Papaver somniferum - Opium : an extract from the sixth volume of the Dictionary of Economic Products of India
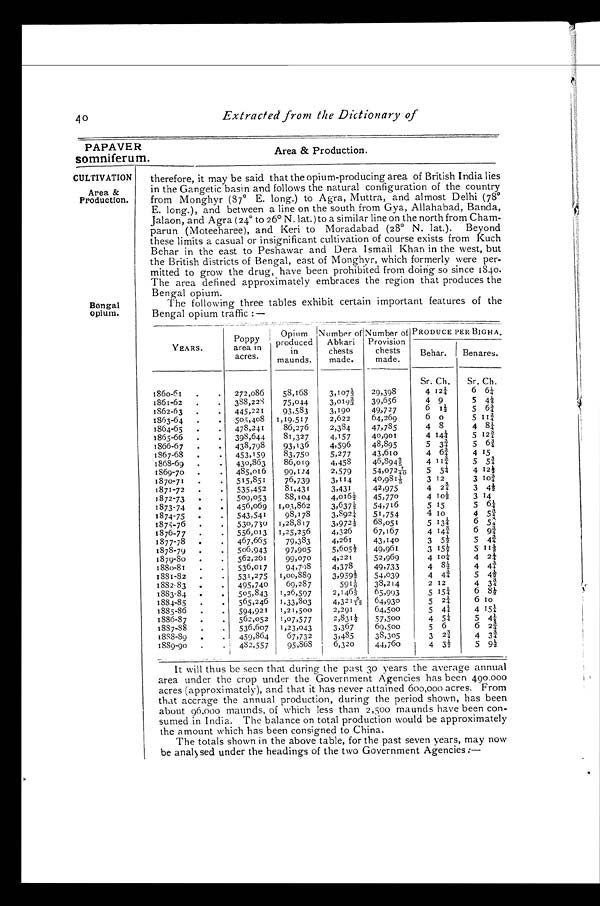
40
Extracted from the Dictionary of
PAPAVER
Area & Production.
somniferum.
CULTIVATION
Area &
Production.
Bengal
opium.
therefore, it may be said that the opium-producing area of British India lies
in the Gangetic basin and follows the natural configuration of the country
from Monghyr (37° E. long.) to Agra, Muttra, and almost Delhi (78°E
. long.), and between a line on the south from Gya, Allahabad, Banda,
Jalaon, and Agra (24° to 26° N. lat.) to a similar line on the north from Cham
-
parun (Moteeharee), and Keri to Moradabad (28° N. lat.). Beyond
these limits a casual or insignificant cultivation of course exists from Kuch
Behar in the east to Peshawar and Dera Ismail Khan in the west, but
the British districts of Bengal, east of Monghyr, which formerly were per
-
mitted to grow the drug, have been prohibited from doing so since 1840.
The area defined approximately embraces the region that produces the
Bengal opium.
The following three tables exhibit certain important features of the
Bengal opium traffic:—
YEARS.
Poppy
area in
acres.
Opium
produced
in
maunds.
Numberof
Abkari
chests
made.
Numberof
Provision
chests
made.
PRODUCE PER BIGHA.
Behar.
Benares.
Sr. Ch.
Sr. Ch.
1860-61 . .
272,086
58,168
3,107 ⅓
29,398
4 12¼
6 6¼
1861-62
.
.
388,228
75,044
3,019 ⅔
39,656
4 9
5 4½
1862-63
445,221
93,583
3,190
49,727
6
1 ½
5 6¾
1863-64
505,408 1,19,517
2,622
64,269
6
0
5
1 1 ¾
1864-65
478,241
86,276
2,384
47,785
4 8
4 8¼
1865-66
398,644
81,327
4,157
40,901
4 14¼
5 12¾
1866-67
438,798
93,136
4,596
48,895
5
3 ¾
5 6¾
1867-68
453,159
83,750
5,277
43,610
4
6 ¾
4 15
1868-69
430,863
86,019
4,458
46,8942/5
4
1 1 ¾
5 5¾
1869-70
485,016
99,124
2,579
54,0727/40
5 5¼
4 12½
1870-71
515,851
76,739
3,114
40,9811/5
3
1 2
3
1 0 ¾
1871-72
535,452
81,431
3,431
42,975
4 2¾
3 4½
1872-73
509,053
88,104
4,016½
45,770
4 10½
3 14
1873-74
456,069 1,03,862
3,637½
54,716
5 15
5 6¼
1874-75
543,541
98,178
3,892¼
51,754
4 1 0
4 5¾
1875-76
530,730 1,28,817
3,972½
68,051
5
1 3 ¼
6 5¾
1876-77
556,013 1,25,256
4,326
67,167
4 14¾
6 9¾
1877-78
467,665
79,383
4,261
43,140
3 5½
5
4 ¾
1878-79
506,943
97,905
5,605½
49,961
3 15½
5 11½
1879-80
562,261
99,070
4,221
52,969
4 10
4 2¼
1880-81
536,017
94,798
4,378
49,733
4
8 ½
4
4 ¾
1881-82
531,275
1,00,889
3,959½
54,039
4 4¾
5 4½
1882-83
495,740
69,287
5911/6
38,214
2 12
4 3¾
1883-84
505,843
1,26,597
2,1461/3
65,993
5 15¼
6 8½
1884-85
565,246 1,33,803
4,3215/12
6 4 , 9 3 0
5 2¼
6
1 0
1885-86
594,921
1,21,500
2,291
64,500
5 4¼
4 15¼
1886-87
562,052
1,07,577
2,831½
57,500
4 5¼
5 4¼ A
1887-88
536,607 1,23,043
3,367
69,500
5 6
6
2 ¾
1888-89
459,864
67,732
3,485
38,305
3 2¾'
4 3¾
1889-90
482,557
95,868
6,320
44,760
4 3½
5 9½
It will thus be seen that during the past 30 years the average annual
area under the crop under the Government Agencies has been 490.000
acres (approximately), and that it has never attained 600,000 acres. From
that accrage the annual production, during the period shown, has been
about 96,000 maunds, of which less than 2,500 maunds have been con
-
sumed in India. The balance on total production would be approximately
the amount which has been consigned to China.
The totals shown in the above table, for the past seven years, may now
be analysed under the headings of the two Government Agencies:—